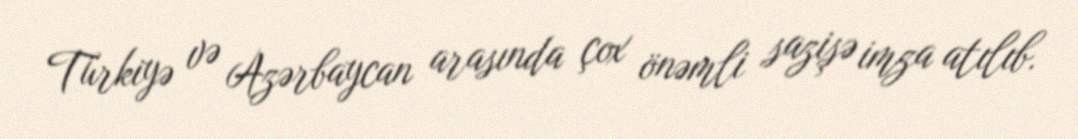
Türkiyə və Azərbaycan arasında çox önəmli sazişə imza atılıb.